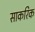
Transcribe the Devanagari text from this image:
साकरिक